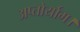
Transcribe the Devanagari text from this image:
अप्तोर्याम।